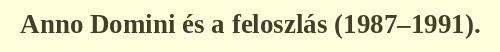
Anno Domini és a feloszlás (1987–1991).